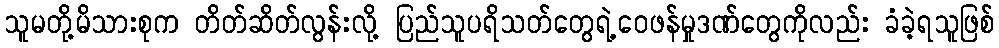
သူမတို့မိသားစုက တိတ်ဆိတ်လွန်းလို့ ပြည်သူပရိသတ်တွေရဲ့ဝေဖန်မှုဒဏ်တွေကိုလည်း ခံခဲ့ရသူဖြစ်